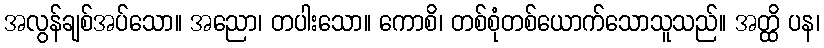
အလွန်ချစ်အပ်သော။ အညော၊ တပါးသော။ ကောစိ၊ တစ်စုံတစ်ယောက်သောသူသည်။ အတ္ထိ ပန၊